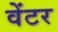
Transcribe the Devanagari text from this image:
वेंटर